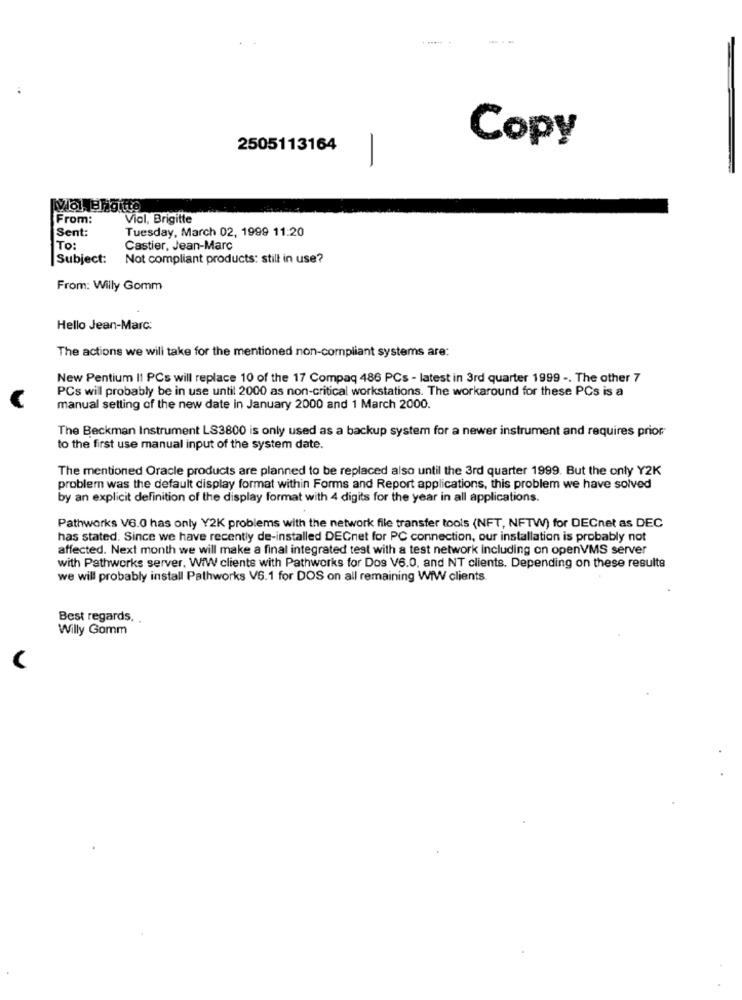
Copy
2505113164
-
From:
Viol, Brigitte
Sent:
Tuesday, March 02, 1999 11:20
To:
Castier, Jean-Marc
Subject:
Not compliant products: still in use?
From: Willy Gomm
Hello Jean-Marc:
The actions we will take for the mentioned non-compliant systems are:
New Pentium II PCs will replace 10 of the 17 Compaq 486 PCs - latest in 3rd quarter 1999 -. The other 7
PCs will probably be in use until 2000 as non-critical workstations. The workaround for these PCs is a
manual setting of the new date in January 2000 and 1 March 2000.
The Beckman Instrument LS3800 is only used as a backup system for a newer instrument and requires prior
to the first use manual input of the system date.
The mentioned Oracle products are planned to be replaced also until the 3rd quarter 1999. But the only Y2K
problem was the default display format within Forms and Report applications, this problem we have solved
by an explicit definition of the display format with 4 digits for the year in all applications.
Pathworks V6.0 has only Y2K problems with the network file transfer tools (NFT, NFTW) for DECnet as DEC
has stated. Since we have recently de-installed DECnet for PC connection, our installation is probably not
affected. Next month we will make a final integrated test with a test network including on openVMS server
with Pathworks server, WiW clients with Pathworks for Dos V6.0, and NT clients. Depending on these results
we will probably install Pathworks VS.1 for DOS on all remaining WiW clients
Best regards. .
Willy Gomm